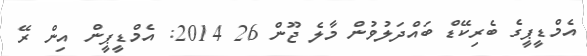
އެމްޑީޕީގެ ބެރިކޭޑް ބައްދަލުވުން މާލެ ޖޫން 26 2014: އެމްޑީޕީން އިން ރޭ